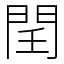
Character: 𨳝